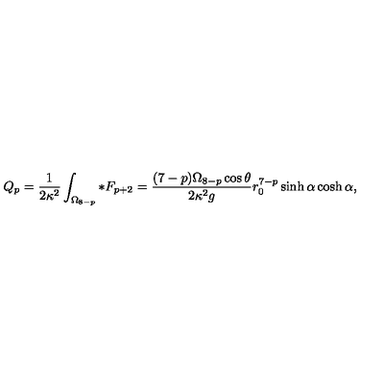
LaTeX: Q _ { p } = \frac { 1 } { 2 \kappa ^ { 2 } } \int _ { \Omega _ { 8 - p } } * F _ { p + 2 } = \frac { ( 7 - p ) \Omega _ { 8 - p } \cos \theta } { 2 \kappa ^ { 2 } g } r _ { 0 } ^ { 7 - p } \sinh \alpha \cosh \alpha ,